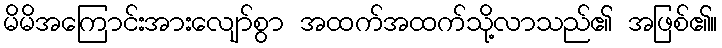
မိမိအကြောင်းအားလျော်စွာ အထက်အထက်သို့လာသည်၏ အဖြစ်၏။